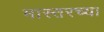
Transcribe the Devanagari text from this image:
मास्तरच्या